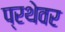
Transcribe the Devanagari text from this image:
प्रथेवर